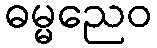
ဓမ္မညေဝ